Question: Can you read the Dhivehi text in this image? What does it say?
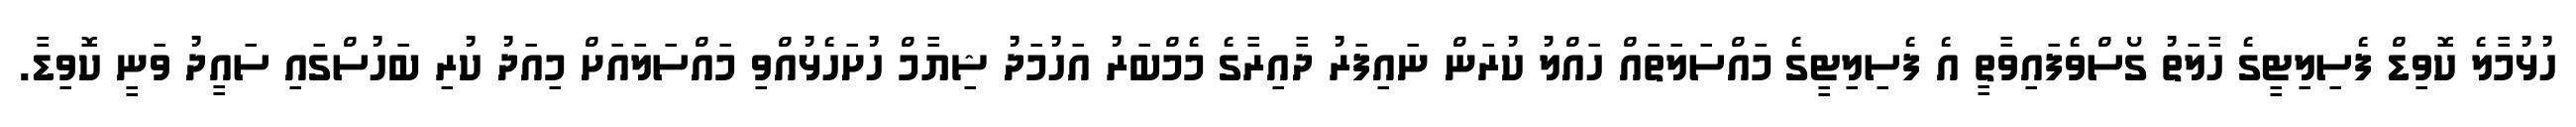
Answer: ހުޅުމާލެ ކޮވިޑް ފެސިލިޓީގެ ހާލަތު ގޯސްވެފައިވާތީ އެ ފެސިލިޓީގެ މައްސަލަތައް ހައްލު ކުރަން ނައިފަރު ދާއިރާގެ މެމްބަރު އަހުމަދު ޝިޔާމް ހުށަހެޅުއްވި މައްސަލައަށް މިއަދު ކުރި ބަހުސްގައި ސައީދު ވަނީ ކޮވިޑާ.